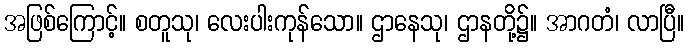
အဖြစ်ကြောင့်။ စတူသု၊ လေးပါးကုန်သော။ ဌာနေသု၊ ဌာနတို့၌။ အာဂတံ၊ လာပြီ။